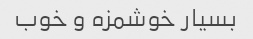
بسیار خوشمزه و خوب